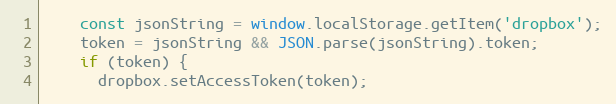
Language: JavaScript
    const jsonString = window.localStorage.getItem('dropbox');
    token = jsonString && JSON.parse(jsonString).token;
    if (token) {
      dropbox.setAccessToken(token);